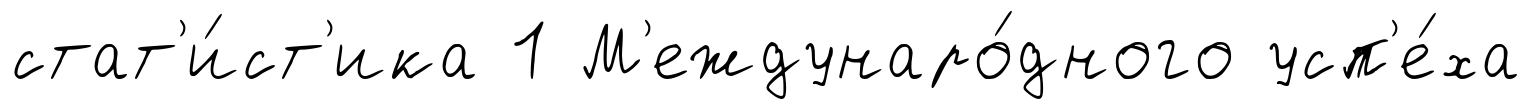
стат'и́ст'ика 1 М'еждунаро́дного усп'е́ха